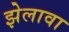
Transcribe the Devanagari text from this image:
झेलावा